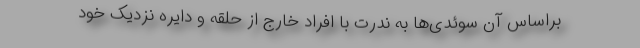
براساس آن سوئدی‌ها به ندرت با افراد خارج از حلقه و دایره نزدیک خود